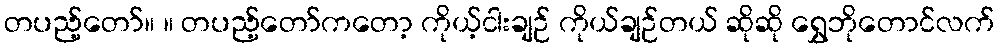
တပည့်တော်။ ။ တပည့်တော်ကတော့ ကိုယ့်ငါးချဉ် ကိုယ်ချဉ်တယ် ဆိုဆို ရွှေဘိုတောင်လက်